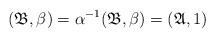
LaTeX: \begin{align*}(\mathfrak{B},\beta) = \alpha^{-1} (\mathfrak{B},\beta) =(\mathfrak{A},1)\end{align*}